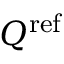
Q ^ { \mathrm { r e f } }